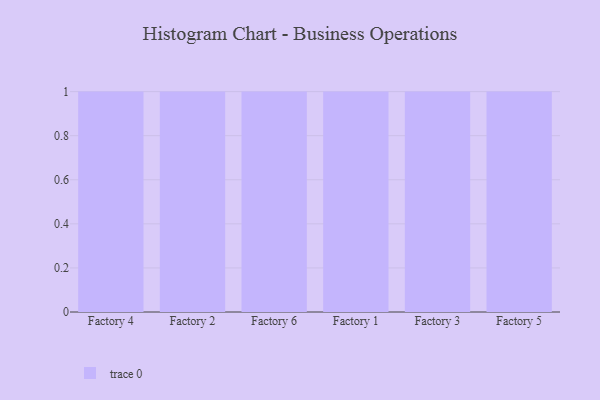
{"axis": {"x": "Factory", "y": "Conversion Rate (%)"}, "legend": [""], "data": [{"x": "Factory 4", "y": 73, "type": ""}, {"x": "Factory 2", "y": 16, "type": ""}, {"x": "Factory 6", "y": 2, "type": ""}, {"x": "Factory 1", "y": 100, "type": ""}, {"x": "Factory 3", "y": 34, "type": ""}, {"x": "Factory 5", "y": 92, "type": ""}]}